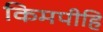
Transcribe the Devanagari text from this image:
किमपीहि